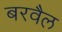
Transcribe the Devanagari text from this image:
बरवैल